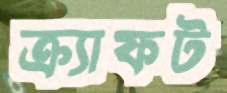
ক্র্যাফট